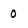
Character: 0